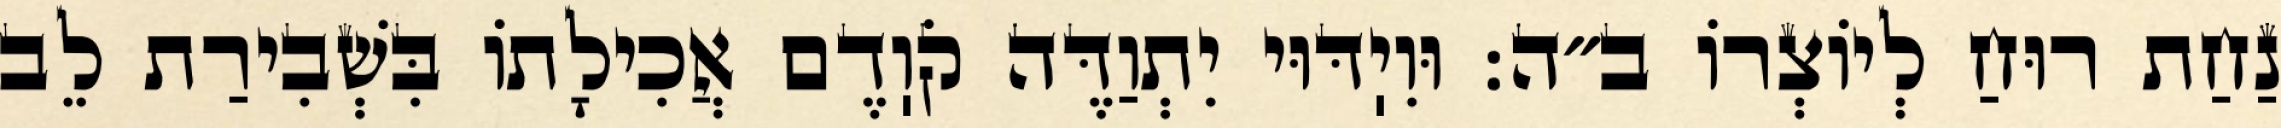
נַחַת רוּחַ לְיוֹצְרוֹ ב״ה: וּוִיֽדּוּי יִתְוַדֶּה קֹוֽדֶם אֲכִילָתוֹ בִּשְׁבִירַת לֵב